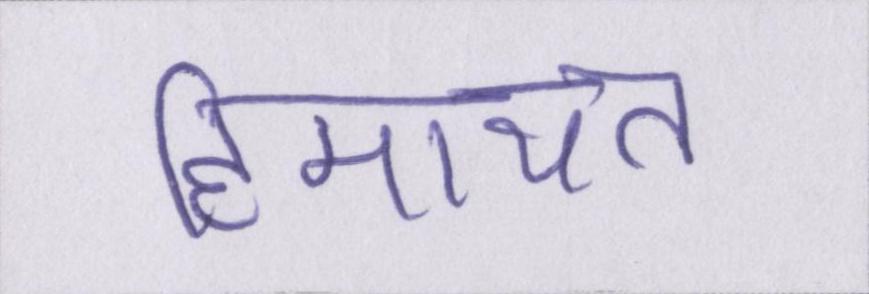
हिमायत